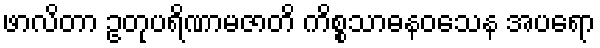
ဖာလိတာ ဥတုပရိဏာမဇာတိ ကိစ္စသာဓနဝသေန အပရော